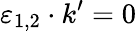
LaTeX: \varepsilon_{1,2}\cdot k^{\prime}=0